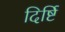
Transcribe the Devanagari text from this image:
दिर्ष्टि